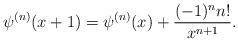
LaTeX: \begin{align*}\psi^{(n)}(x+1)=\psi^{(n)}(x)+\frac{(-1)^nn!}{x^{n+1}}. \end{align*}